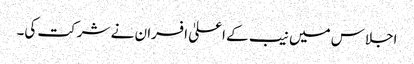
اجلاس میں نیب کے اعلیٰ افسران نے شرکت کی۔